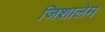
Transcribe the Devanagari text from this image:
जिशालेम